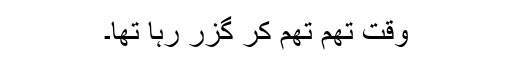
وقت تھم تھم کر گزر رہا تھا۔